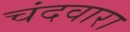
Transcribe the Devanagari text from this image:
चंदवारा